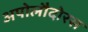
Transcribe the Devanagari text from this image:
अपोलौदोरस